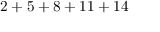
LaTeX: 2 + 5 + 8 + 1 1 + 1 4